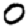
Digit: 0